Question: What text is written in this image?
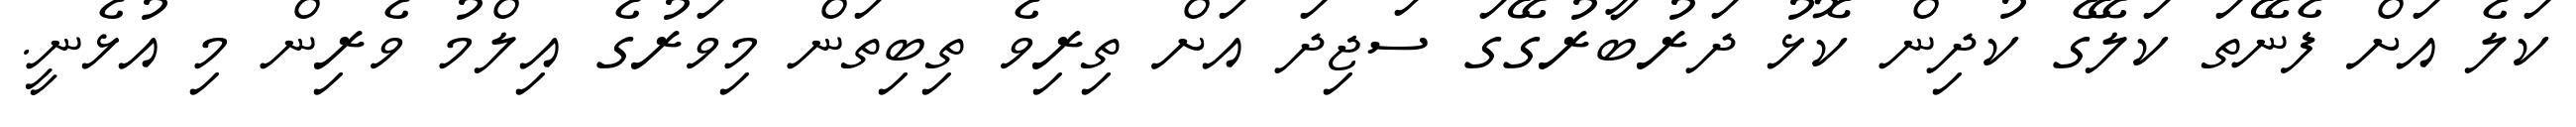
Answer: ކަލެ އަށް ފެނޭތަ ކަލޭގެ ކުދިން ކޮޅު ދަރުބާރުގޭގަ ސަޖިދަ އަށް ތިރިވެ ތިބިތަން މިވަރުގެ އިލްމު ވެރިން މި އުޅެނީ.